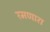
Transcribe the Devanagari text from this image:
रमणारा